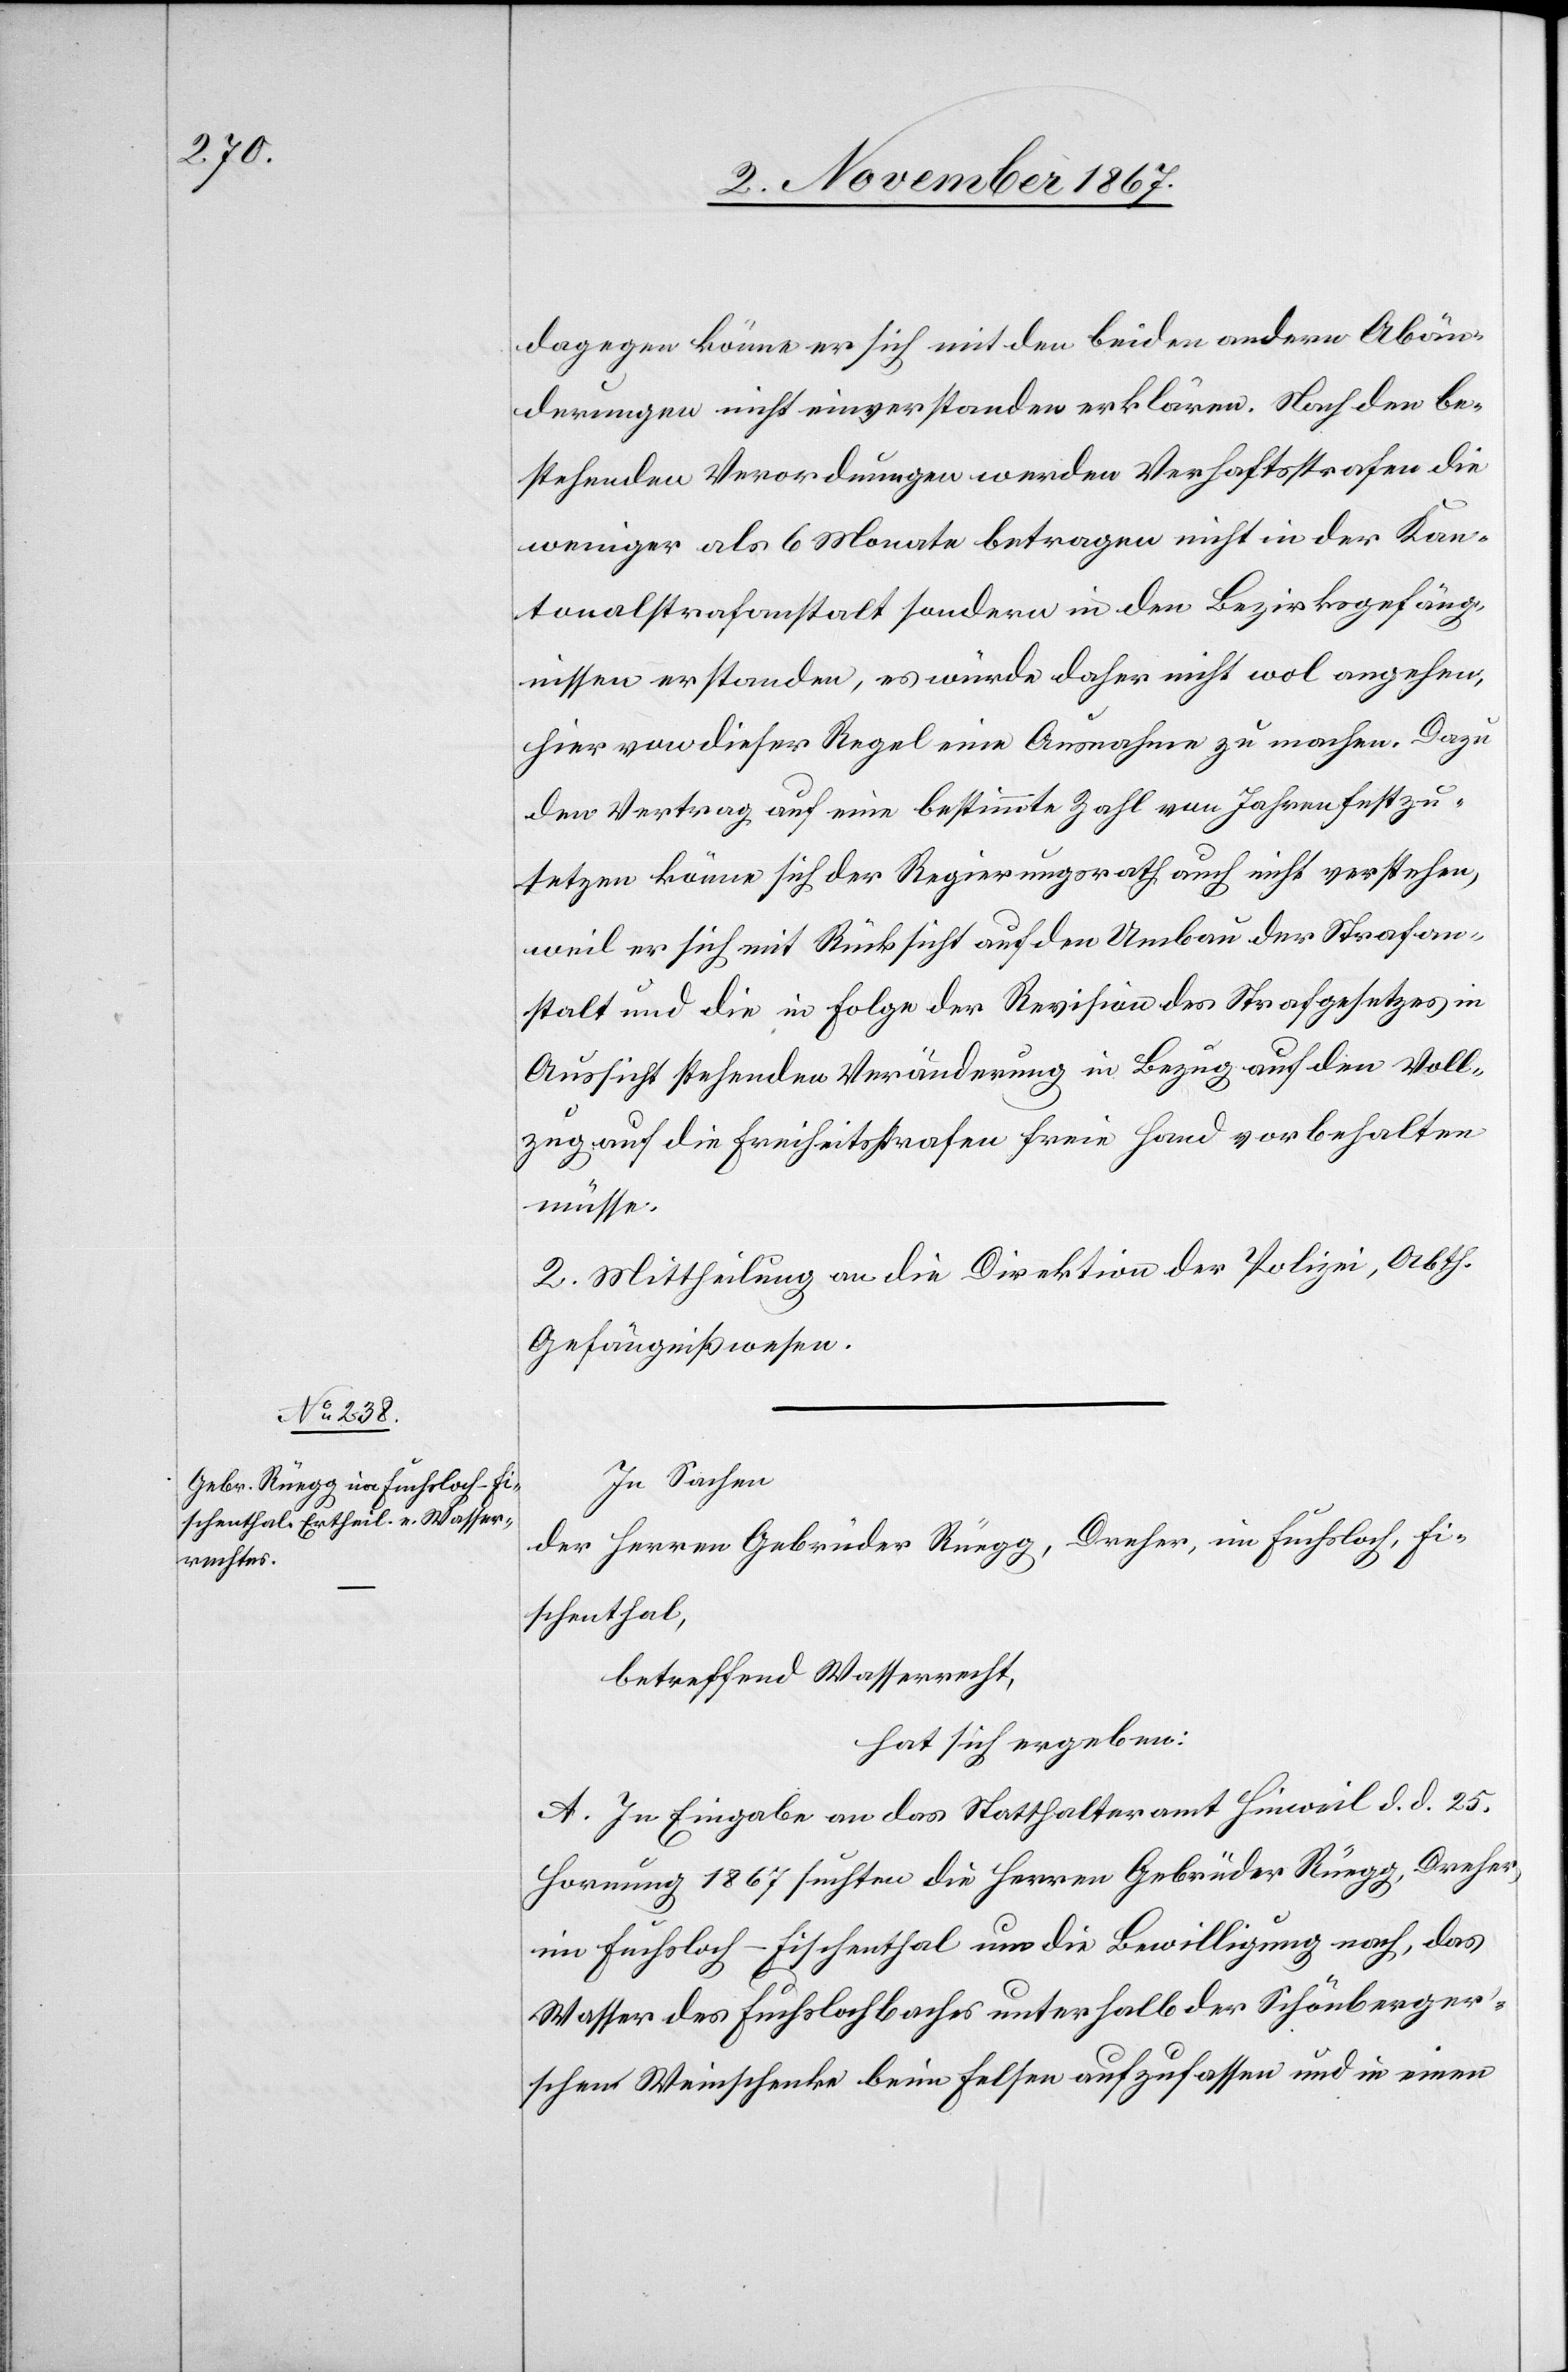
dagegen könne er sich mit den beiden andern Abän¬
derungen nicht einverstanden erklären. Nach den be¬
stehenden Verordnungen werden Verhaftsstrafen die
weniger als 6 Monate betragen nicht in der Kan¬
tonalstrafanstalt sondern in den Bezirksgefäng¬
nissen erstanden, es würde daher nicht wol angehen,
hier von dieser Regel eine Ausnahme zu machen. Dazu
den Vertrag auf eine bestimmte Zahl von Jahren festzu¬
setzen könne sicher der Regierungsrath auch nicht verstehen,
weil er sich mit Rücksicht auf den Umbau der Strafan¬
stalt und die in Folge der Revision des Strafgesetzes in
Aussicht stehenden Veränderung in Bezug auf den Voll¬
zug auf Freiheitsstrafen [sic!] freie Hand vorbehalten
müsse.
2. Mittheilung an die Direktion der Polizei, Abth.
Gefängnißwesen.
In Sachen
der Herren Gebrüder Rüegg, Dreher, im Fuchsloch, Fi¬
schenthal,
betreffend Wasserrecht,
hat sich ergeben:
A. In Eingabe an das Statthalteramt Hinweil d. d. 25.
Hornung 1867 suchten die Herren Gebrüder Rüegg, Dreher,
im Fuchsloch - Fischenthal um die Bewilligung nach, das
Wasser des Fuchslochbaches unterhalb der Schönberger¬
schen Weinschenke beim Felsen aufzufassen und in einen